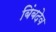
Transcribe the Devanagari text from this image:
बिंबदेव